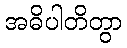
အဓိပါတိတွာ